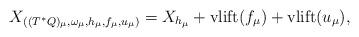
LaTeX: \begin{align*}X_{((T^\ast Q)_\mu, \omega_\mu, h_\mu, f_\mu, u_\mu)}=X_{h_\mu}+\textnormal{vlift}(f_\mu)+\textnormal{vlift}(u_\mu),\end{align*}